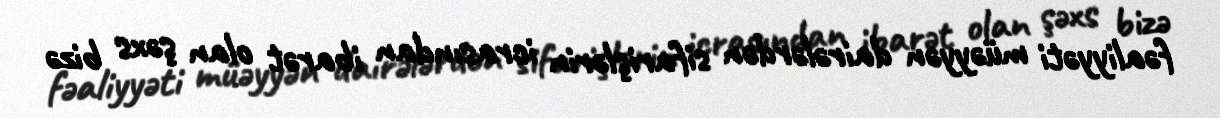
fəaliyyəti müəyyən dairələrdən sifarişlərin icrasından ibarət olan şəxs bizə